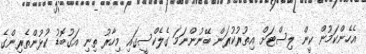
އެހެންކަމުން ކީން ލިސްޓަށް އިތުރުކުރަން ބޭނުންނަމަ ގެލެކްސީގައި މިހާރު ތިނި އަގުބޮޑު ކުޅުންތެރިންގެ